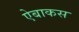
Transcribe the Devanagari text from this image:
ऐबाकस